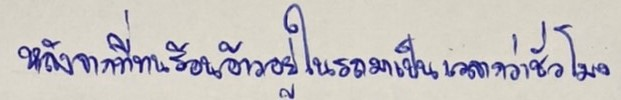
หลังจากที่ทนร้อนอ้าวอยู่ในรถมาเป็นเวลากว่าชั่วโมง